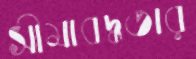
সীমাবদ্ধতার